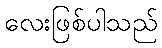
လေးဖြစ်ပါသည်